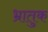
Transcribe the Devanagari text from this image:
भ्रातुक